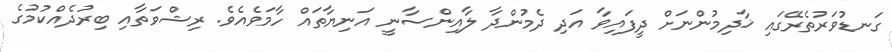
ގަނޑުވަރުތެރޭގައި ޚާދިމުންނަށް ދީފައިވާ އަދި ދެމުންދާ ލާއިންސާނީ އަނިޔާތައް ހާމަވެއެވެ. ރިޝްވަތާއި ބިރުދެއްކުމުގެ